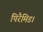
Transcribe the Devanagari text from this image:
पिरैमिड।